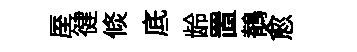
厔徤倐底龄置鶺愈